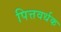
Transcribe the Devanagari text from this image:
पित्तवर्धक